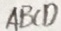
A B C D